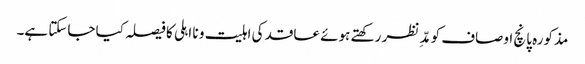
مذکورہ پانچ اوصاف کو مدِّ نظر رکھتے ہوئے عاقد کی اہلیت و نا اہلی کا فیصلہ کیا جاسکتا ہے۔